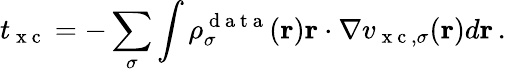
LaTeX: t_{\mathrm{~x~c~}}=-\sum_{\sigma}\int\rho_{\sigma}^{\mathrm{~d~a~t~a~}}(\boldsymbol{\textbf{r}})\boldsymbol{\textbf{r}}\cdot\nabla v_{\mathrm{~x~c~},\sigma}(\boldsymbol{\textbf{r}})d\boldsymbol{\textbf{r}}\, .